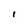
Character: l